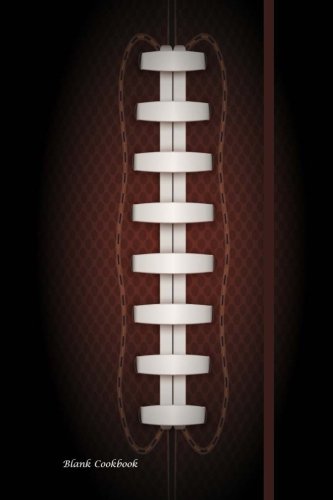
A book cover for Blank Cookbook: Recipes & Notes; Football, Tailgate Party (1); Rachel Stewart; Cookbooks, Food & Wine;